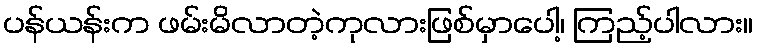
ပန်ယန်းက ဖမ်းမိလာတဲ့ကုလားဖြစ်မှာပေါ့၊ ကြည့်ပါလား။